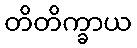
တိတိက္ခာယ